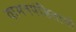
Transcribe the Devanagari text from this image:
वामनपंडिताची